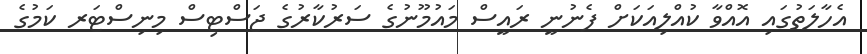
އެހާލަތުގައި އޮއްވާ ކުއްލިއަކަށް ފެނުނީ ރައީސް މައުމޫނުގެ ސަރުކާރުގެ ޖަސްޓިސް މިނިސްޓަރ ކަމުގެ